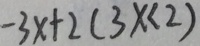
- 3 x + 2 ( 3 x < 2 )